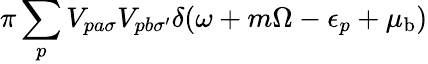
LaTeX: \pi\sum_{p}V_{pa\sigma}V_{pb\sigma^{\prime}}\delta(\omega+m\Omega-\epsilon_{p}+\mu_{\textrm{b}})